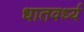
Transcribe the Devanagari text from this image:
धातवर्ध्य